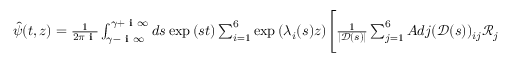
\begin{array} { r } { \hat { \psi } ( t , z ) = \frac { 1 } { 2 \pi \textbf { i } } \int _ { \gamma - \textbf { i } \infty } ^ { \gamma + \textbf { i } \infty } d s \exp { ( s t ) } \sum _ { i = 1 } ^ { 6 } \exp { ( \lambda _ { i } ( s ) z ) } \Bigg [ \frac { 1 } { | \mathscr { D } ( s ) | } \sum _ { j = 1 } ^ { 6 } A d j ( \mathscr { D } ( s ) ) _ { i j } \mathscr { R } _ { j } ( s ) + \mathscr { E } _ { i } ( s ) I _ { i } ( s , z ) \Bigg ] } \end{array}